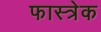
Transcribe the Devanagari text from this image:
फास्त्रेक